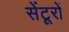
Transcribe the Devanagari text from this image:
सेंटूरों